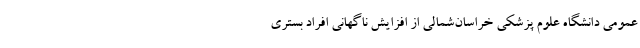
عمومی دانشگاه علوم پزشکی خراسان‌شمالی از افزایش ناگهانی افراد بستری